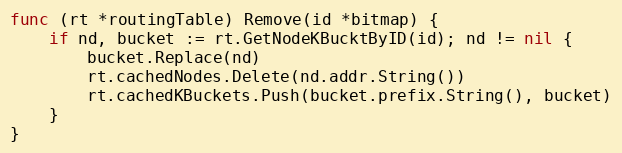
Language: Go
func (rt *routingTable) Remove(id *bitmap) {
	if nd, bucket := rt.GetNodeKBucktByID(id); nd != nil {
		bucket.Replace(nd)
		rt.cachedNodes.Delete(nd.addr.String())
		rt.cachedKBuckets.Push(bucket.prefix.String(), bucket)
	}
}